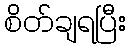
စိတ်ချရပြီး